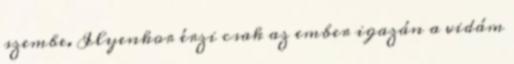
szembe. Ilyenkor érzi csak az ember igazán a vidám